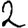
Digit: 2